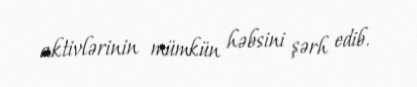
aktivlərinin mümkün həbsini şərh edib.